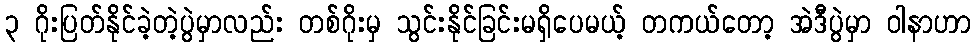
၃ ဂိုးပြတ်နိုင်ခဲ့တဲ့ပွဲမှာလည်း တစ်ဂိုးမှ သွင်းနိုင်ခြင်းမရှိပေမယ့် တကယ်တော့ အဲဒီပွဲမှာ ဝါနာဟာ